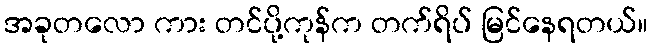
အခုတလော ကား တင်ပို့ကုန်က တက်ရိပ် မြင်နေရတယ်။